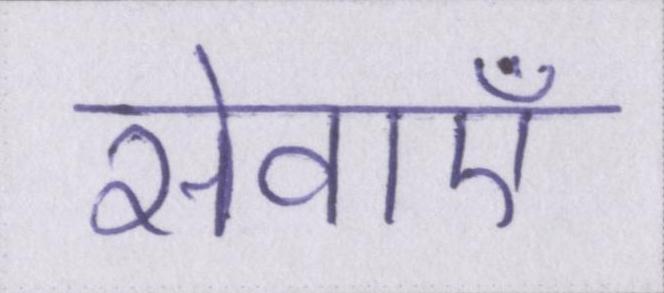
सेवाऍं